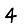
Digit: 4